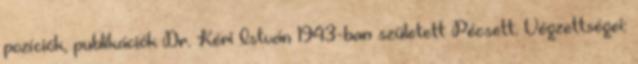
pozíciók, publikációk Dr. Kéri István 1943-ban született Pécsett. Végzettségei: